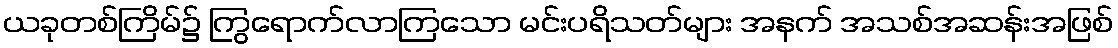
ယခုတစ်ကြိမ်၌ ကြွရောက်လာကြသော မင်းပရိသတ်များ အနက် အသစ်အဆန်းအဖြစ်